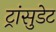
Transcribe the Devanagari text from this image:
ट्रांसुडेट